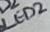
Text: LED2